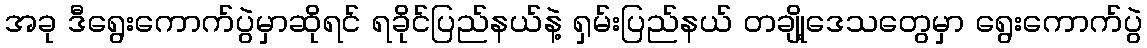
အခု ဒီရွေးကောက်ပွဲမှာဆိုရင် ရခိုင်ပြည်နယ်နဲ့ ရှမ်းပြည်နယ် တချို့ဒေသတွေမှာ ရွေးကောက်ပွဲ